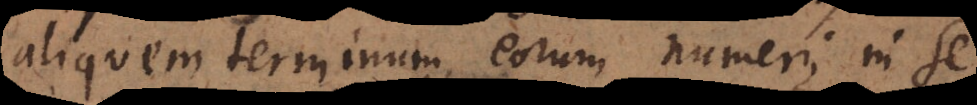
aliquem terminum, eorum numeri, in se